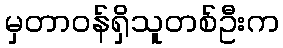
မှတာဝန်ရှိသူတစ်ဦးက